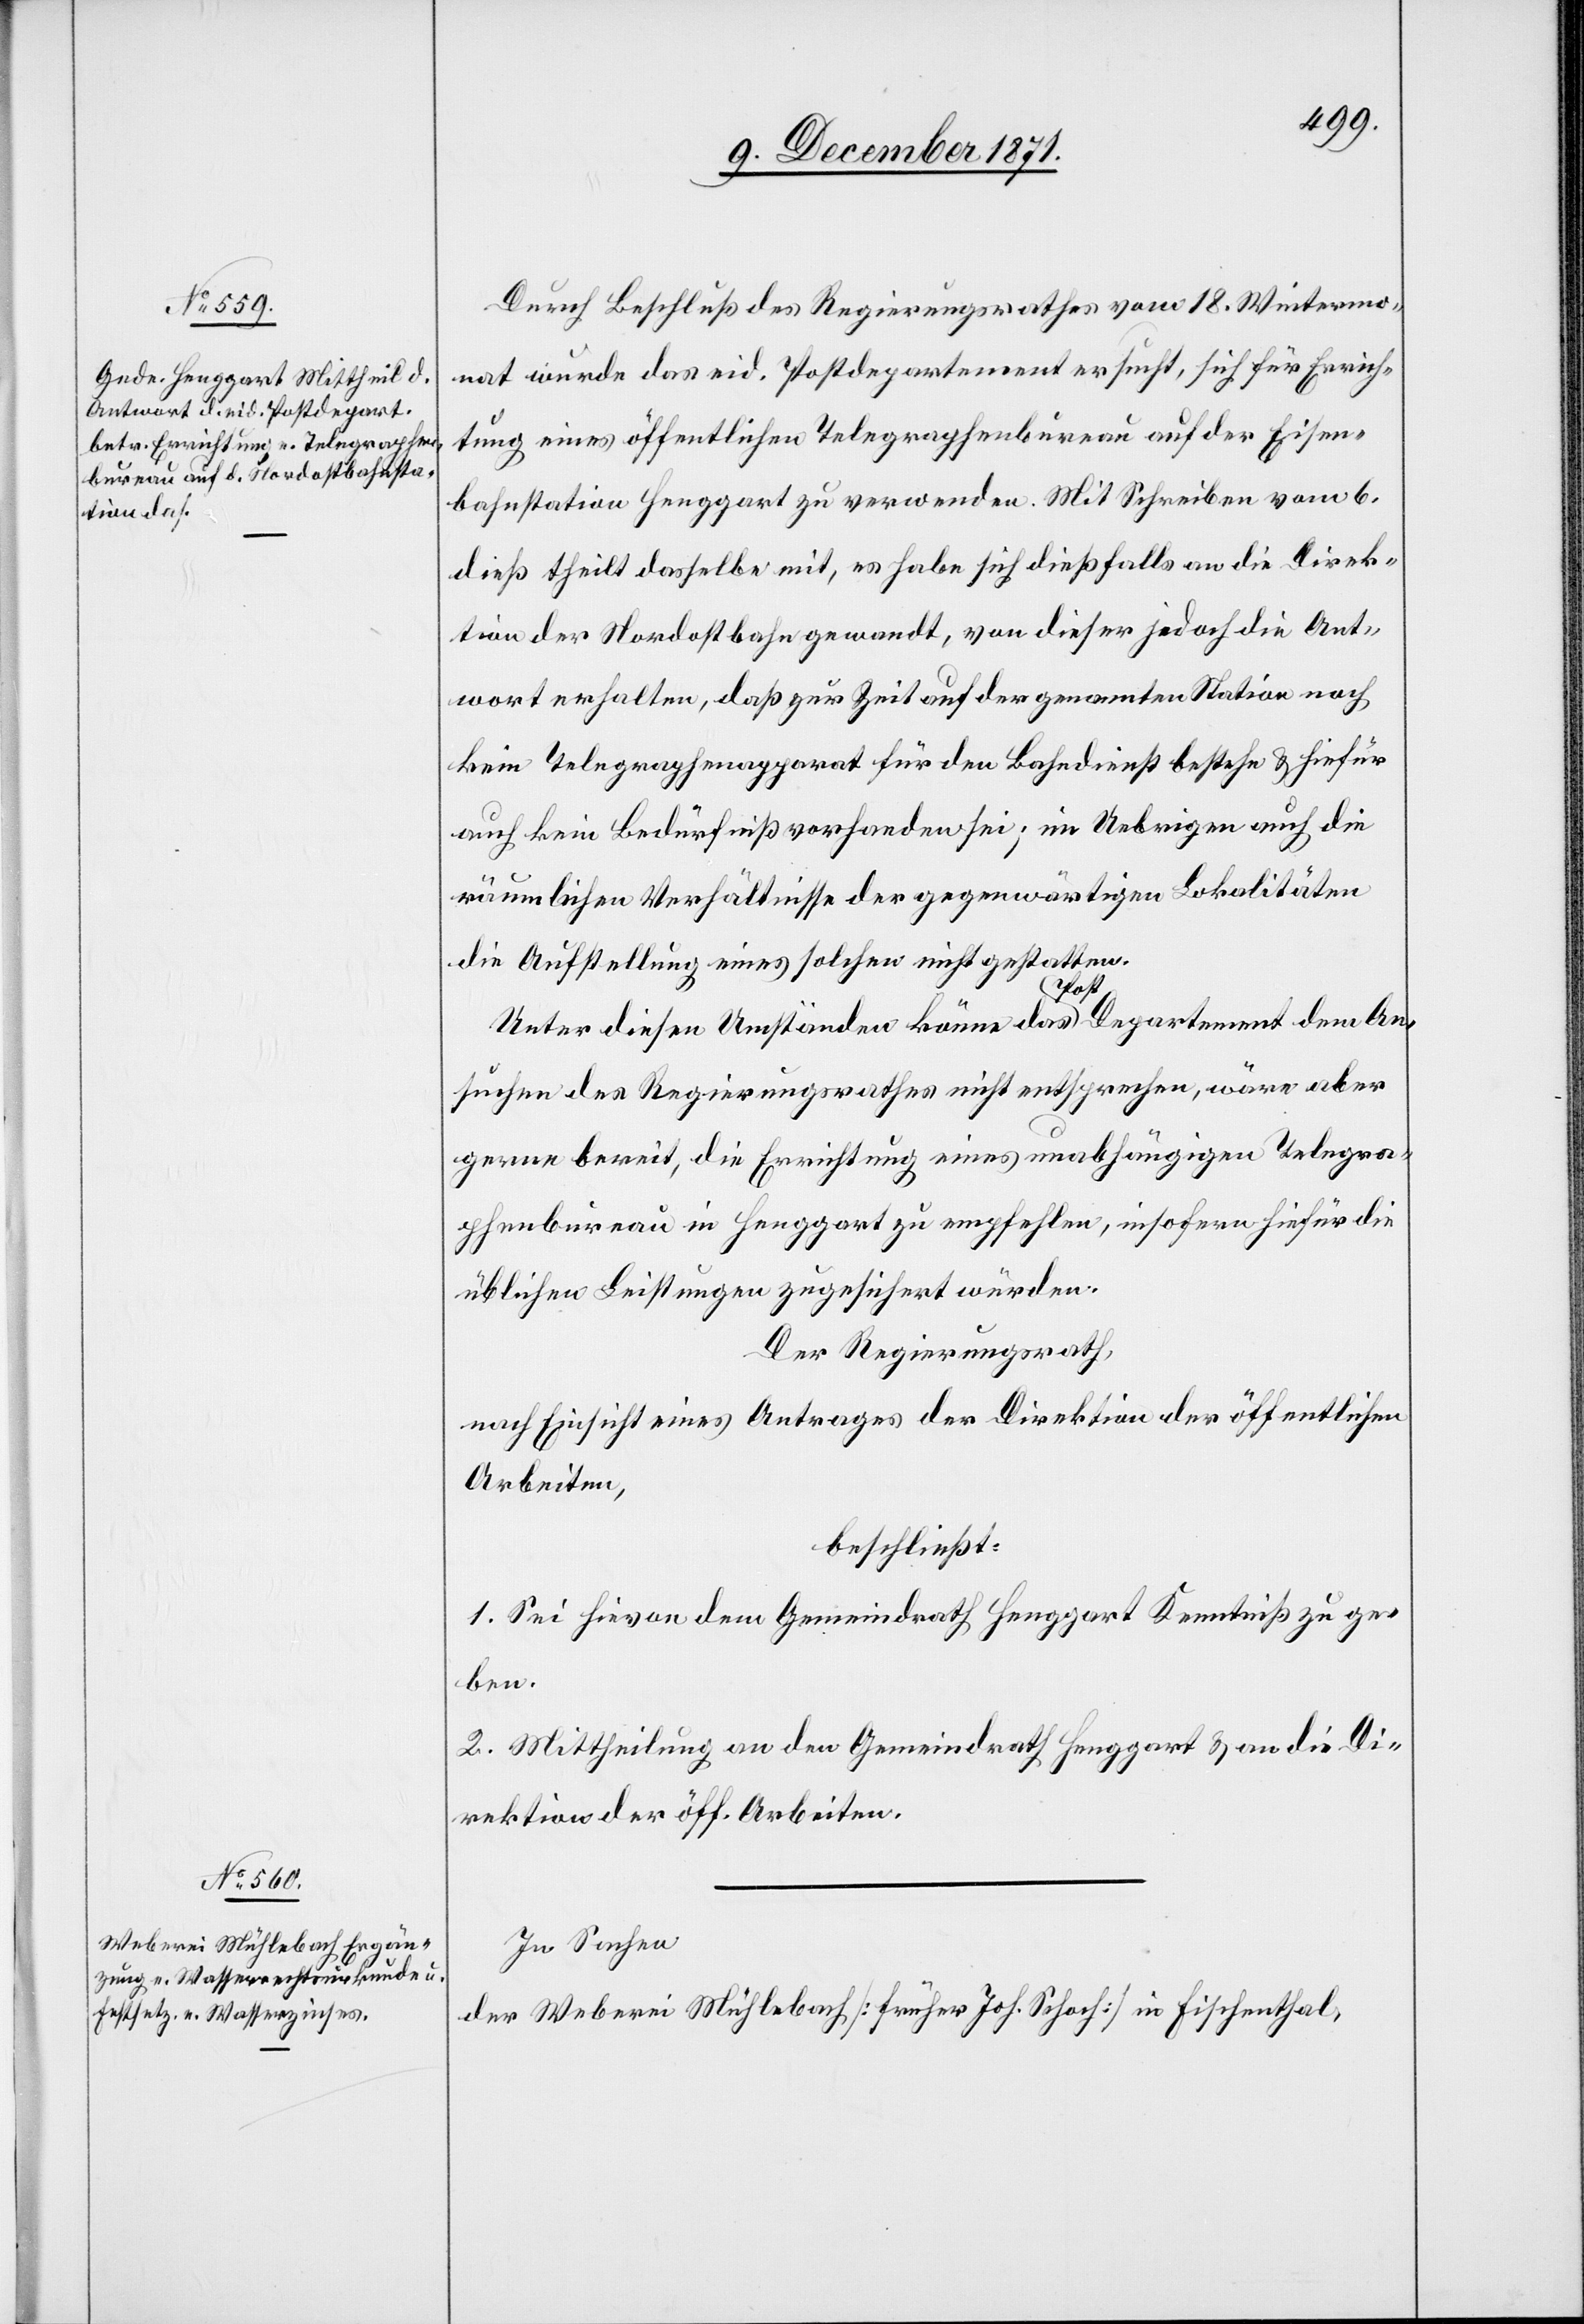
Durch Beschluß des Regierungsrathes vom 18. Wintermo¬
nat wurde das eid. Postdepartement ersucht, sich für Errich¬
tung eines öffentlichen Telegraphenbureau auf der Eisen¬
bahnstation Henggart zu verwenden. Mit Schreiben vom 6.
dieß theilt dasselbe mit, es habe sich dießfalls an die Direk¬
tion der Nordostbahn gewandt, von dieser jedoch die Ant¬
wort erhalten, daß zur Zeit auf der genannten Station noch
kein Telegraphenapparat für den Bahndienst bestehe & hiefür
auch kein Bedürfniß vorhanden sei; im Uebrigen auch die
räumlichen Verhältnisse der gegenwärtigen Lokalitäten
die Aufstellung eines solchen nicht gestatten.
Unter diesen Umständen könne das a-Post-aDepartement dem An¬
suchen des Regierungsrathes nicht entsprechen, wäre aber
gerne bereit, die Errichtung eines unabhängigen Telegra¬
phenbureau in Henggart zu empfehlen, insofern hiefür die
üblichen Leistungen zugesichert würden.
Der Regierungsrath,
nach Einsicht eines Antrages der Direktion der öffentlichen
Arbeiten,
beschließt:
1. Sei hievon dem Gemeindrath Henggart Kenntniß zu ge¬
ben.
2. Mittheilung an den Gemeindrath Henggart & an die Di¬
rektion der öff. Arbeiten.
In Sachen
der Weberei Mühlebach [früher Joh. Schoch] in Fischenthal,